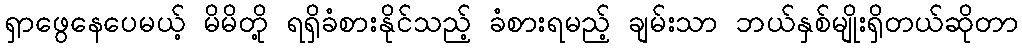
ရှာဖွေနေပေမယ့် မိမိတို့ ရရှိခံစားနိုင်သည့် ခံစားရမည့် ချမ်းသာ ဘယ်နှစ်မျိုးရှိတယ်ဆိုတာ